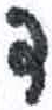
אות: ד